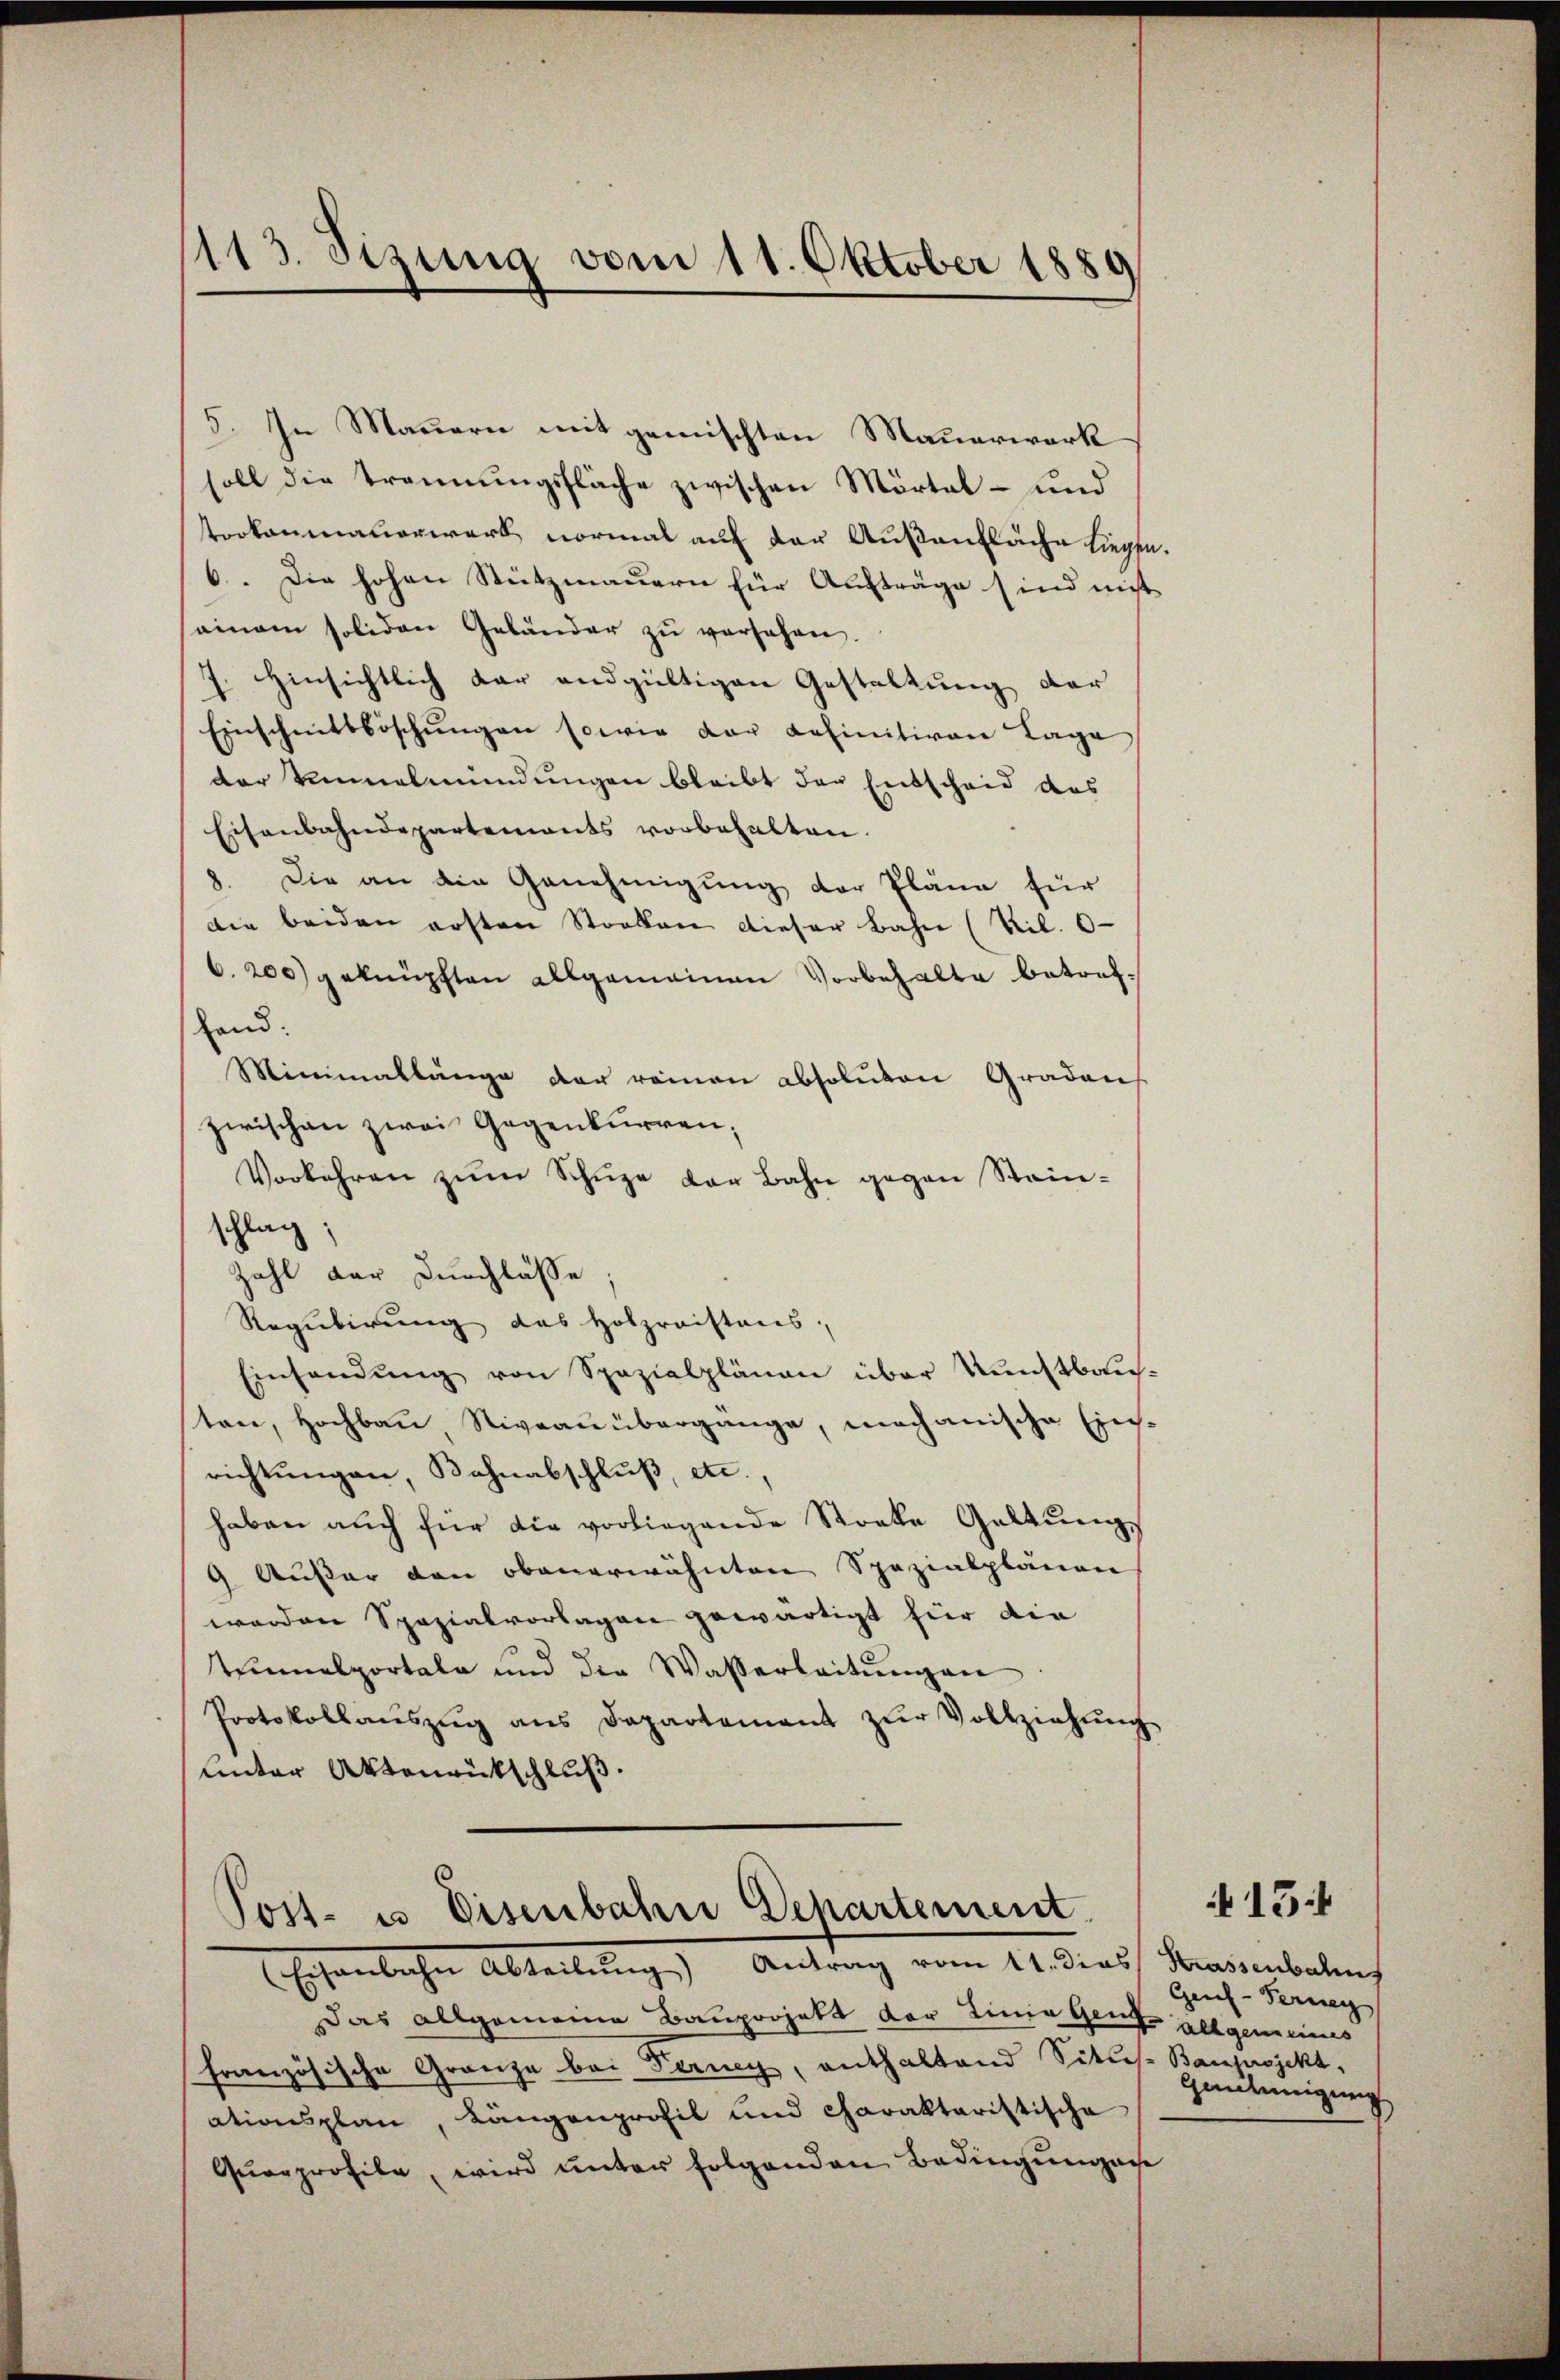
1113. Sizung vom 11. Oktober 1880

5. In Mauern mit gemischten Mauerwerk
soll die Trennungsfläche zwischen Mörtal- und
trokenmauerwerk vormal auf der Außenfläche siegen.
6. Die hohen Stützmauern für Aufträge sind nicht
sainem soliden Geländer zŭ versehen.
7. Einsichtlich dar andgültigen Gestaltung der
Einschnittböschŭngen sowie der definitiven Lage
der vielmündungen bleibt der Entscheid des
Eisenbahndepartements vorbehalten.
1. Die an die Genehmigung der Pläne für
die beiden ersten Stocken dieser Bahn (Ril. 6
6. 200 geknüpften allgemeinen Vorbehalte betref¬
Hand:
Minimallänge der reinen absoluten Graden
zwischen zwei Gegenkurren;
Vorkehren zŭm Schüze der Bahn gegen Stein-
schlag;
Zahl der Durchlasse;
Regulirung das Holzraistens,
Einsendung von Spezialplänen über Kunstbausten, Hochbau Niveau übergänge, mochanische Einrichtungen, Bahnabschluß, etc.,
haben auch für die vorliegende Stocke Geltung
9 Äußer den obenerwähnten Spezialplänen
werden Spazialvorlagen gewärtigt für die
tennalportale und die Wasserleitŭngen
Protokollaŭszŭg ans Departement zŭr Vollziehŭng
Unter Aktenrückschluß.

Post- u Eisenbahne Departement
Ersönlichen Abteilung) Antrag vom 11. dies Fragenbelauf

Das allgemeine Bauprojekt der Linie Genf allgemeines
französische Gränze bei Ferney, enthaltend Sittes-Bauprojekt,
ationsplan, Längenprofil und charaktaristische
Querprofile, wird unter folgenden Bedingungen

Gens - Ferneg
Genehmigung

154